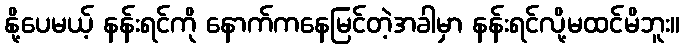
နို့ပေမယ့် နန်းရင်ကို နောက်ကနေမြင်တဲ့အခါမှာ နန်းရင်လို့မထင်မိဘူး။